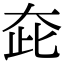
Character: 𡗼